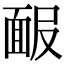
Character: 𩈑